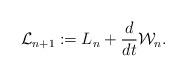
LaTeX: \begin{align*}{\cal L}_{n+1} := L_{n} + { d \over dt }{\cal W}_{n}.\end{align*}